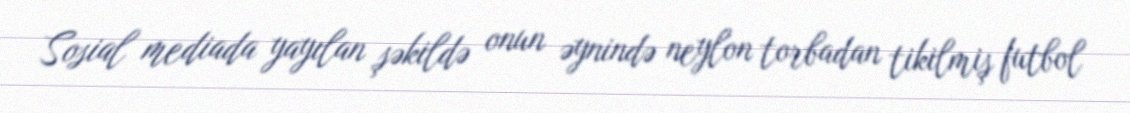
Sosial mediada yayılan şəkildə onun əynində neylon torbadan tikilmiş futbol